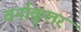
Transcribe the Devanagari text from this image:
वर्नाकूलर